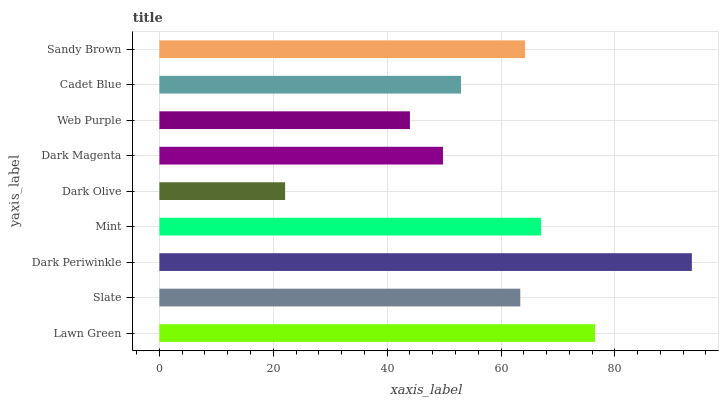
| yaxis_label | bars |
 | --- | --- |
 | Lawn Green | 76.5 |
 | Slate | 63.4 |
 | Dark Periwinkle | 93.5 |
 | Mint | 67 |
 | Dark Olive | 22.1 |
 | Dark Magenta | 49.8 |
 | Web Purple | 44 |
 | Cadet Blue | 53 |
 | Sandy Brown | 64.2 |